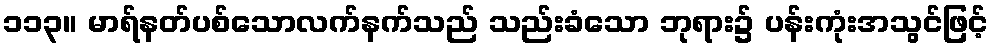
၁၁၃။ မာရ်နတ်ပစ်သောလက်နက်သည် သည်းခံသော ဘုရား၌ ပန်းကုံးအသွင်ဖြင့်